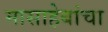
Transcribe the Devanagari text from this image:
मासाहेबांचा